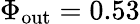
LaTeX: \Phi_{\mathrm{out}}=0.53